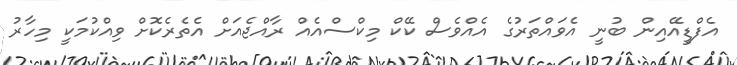
އެފްޑީއޭއިން ބުނީ އެވައްތަރުގެ އެއްވެސް ކޭކް މިކްސްއެެއް ރާއްޖެއަށް އެތެރެކޮށް ވިއްކުމަކީ މިހާރު